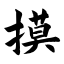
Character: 摸